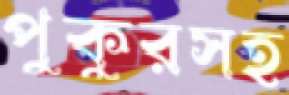
পুকুরসহ